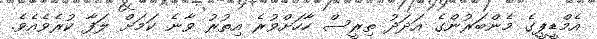
އެމްޑީޕީގެ މެންބަރުންގެ އަދަދު ތިރީސް ހާހަށްވުރެ އިތުރު ވާނެ ކަމަށް ލަފާ ކުރެވެއެވެ.